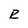
Character: R